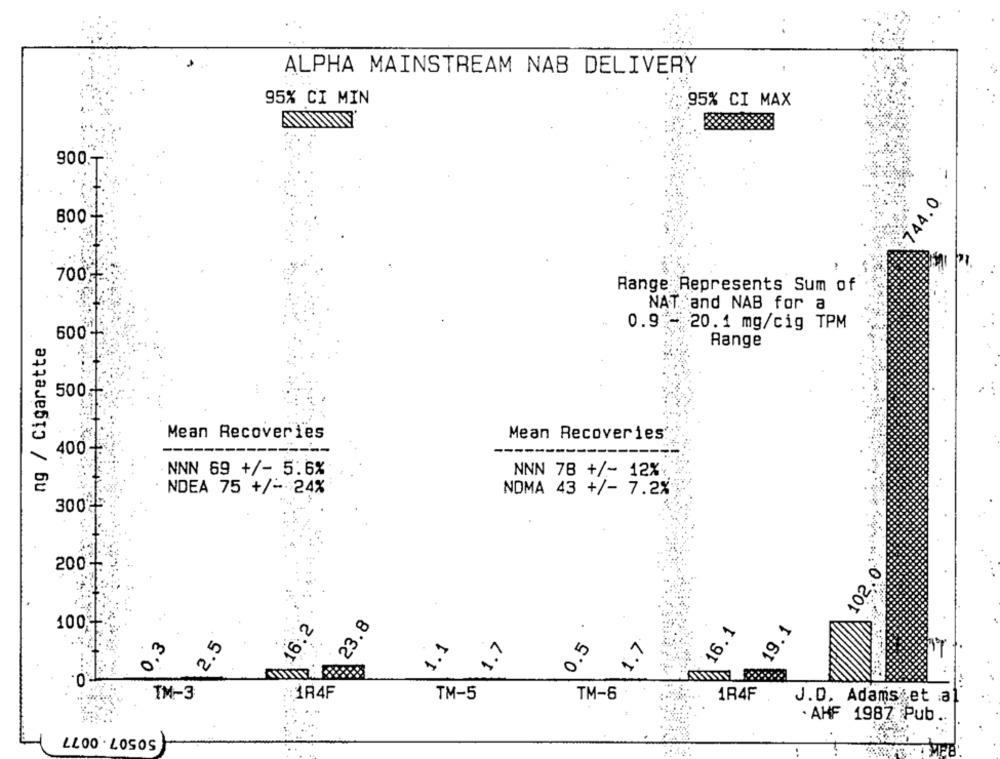
ALPHA MAINSTREAM NAB DELIVERY
95% CI MIN
95% CI MAX
900 .-
744.0
800-
700%
Range Represents Sum of
NAT and NAB for a
0.9 - 20.1 mg/cig TPM
500
ng / Cigarette
rori
Range
...
500;
Mean Recoveries
Mean Recoveries
400
NNN 69 +/- 5.6%
NNN 78 +/- 12%
NDEA 75 +/- 24%
NOMA 43 +/- 7.2%
300
200 -
102
16.2
23.8
16.1
100€
19.1
1.7
0.5
0,3
1.1
1.7
2.5
T.O.
TM-3
:184F
TM-5
TM-6
1R4F
J.D. Adams et :a
...
· AHF 1987 Pub ..
50507 .0077